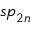
{ \mathfrak { s p } } _ { 2 n }